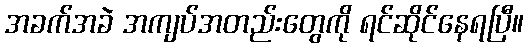
အခက်အခဲ အကျပ်အတည်းတွေကို ရင်ဆိုင်နေရပြီ။